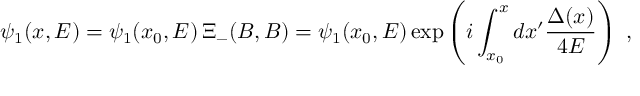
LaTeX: \psi _ { 1 } ( x , E ) = \psi _ { 1 } ( x _ { 0 } , E ) \, \Xi _ { - } ( B , B ) = \psi _ { 1 } ( x _ { 0 } , E ) \exp \left( i \int _ { x _ { 0 } } ^ { x } d x ^ { \prime } \frac { \Delta ( x ) } { 4 E } \right) \ ,